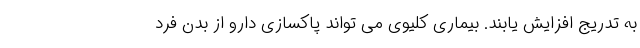
به تدریج افزایش یابند. بیماری کلیوی می تواند پاکسازی دارو از بدن فرد